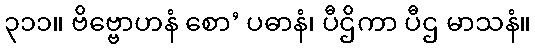
၃၁၁။ ဗိဗ္ဗောဟနံ စော’ ပဓာနံ၊ ပီဌိကာ ပီဌ မာသနံ။